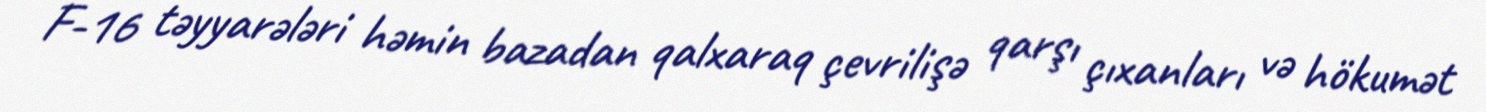
F-16 təyyarələri həmin bazadan qalxaraq çevrilişə qarşı çıxanları və hökumət